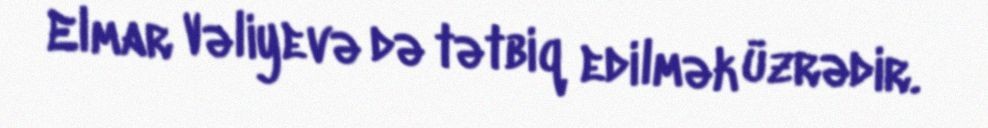
Elmar Vəliyevə də tətbiq edilmək üzrədir.